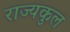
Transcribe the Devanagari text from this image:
राज्यकुल